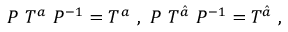
P ~ T ^ { a } ~ P ^ { - 1 } = T ^ { a } ~ , ~ P ~ T ^ { \hat { a } } ~ P ^ { - 1 } = T ^ { \hat { a } } ~ , ~ \,